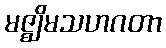
မဇ္ဈိမသဟဂတာ